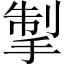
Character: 掣